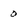
Character: 0